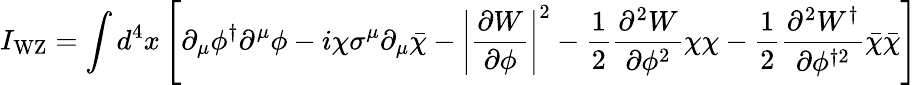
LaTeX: I_{\mathrm{WZ}}=\int d^{4}x\left[\partial_{\mu}\phi^{\dagger}\partial^{\mu}\phi-i\chi\sigma^{\mu}\partial_{\mu}{\bar{\chi}}-\left|{\frac{\partial W}{\partial\phi}}\right|^{2}-{\frac{1}{2}}{\frac{\partial^{2}W}{\partial\phi^{2}}}\chi\chi-{\frac{1}{2}}{\frac{\partial^{2}W^{\dagger}}{\partial\phi^{\dagger 2}}}{\bar{\chi}}{\bar{\chi}}\right]